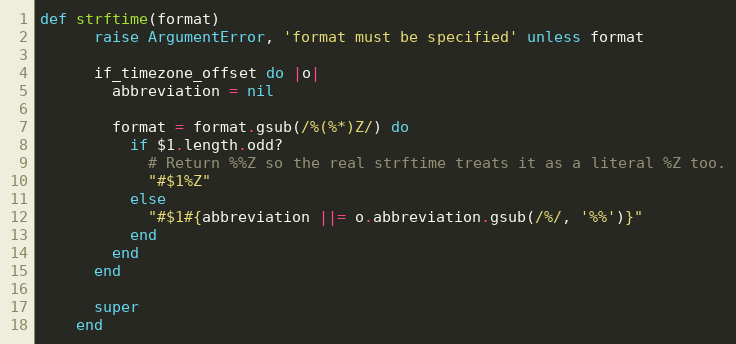
Language: Ruby
def strftime(format)
      raise ArgumentError, 'format must be specified' unless format

      if_timezone_offset do |o|
        abbreviation = nil

        format = format.gsub(/%(%*)Z/) do
          if $1.length.odd?
            # Return %%Z so the real strftime treats it as a literal %Z too.
            "#$1%Z"
          else
            "#$1#{abbreviation ||= o.abbreviation.gsub(/%/, '%%')}"
          end
        end
      end

      super
    end